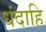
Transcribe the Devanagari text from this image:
धंदाहि